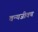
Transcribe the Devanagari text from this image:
वन्यजीवच